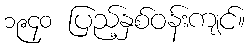
၁၉၄၀ ပြည့်နှစ်ဝန်းကျင်။